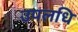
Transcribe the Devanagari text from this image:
उपलधि